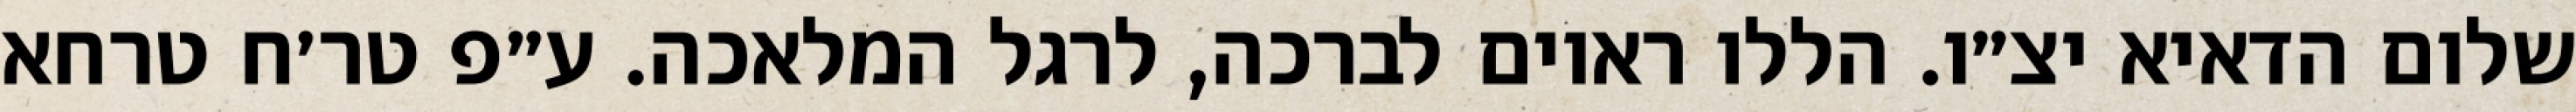
שלום הדאיא יצ״ו. הללו ראוים לברכה, לרגל המלאכה. ע״פ טר׳ח טרחא